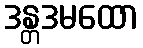
ဒန္တဒမထော